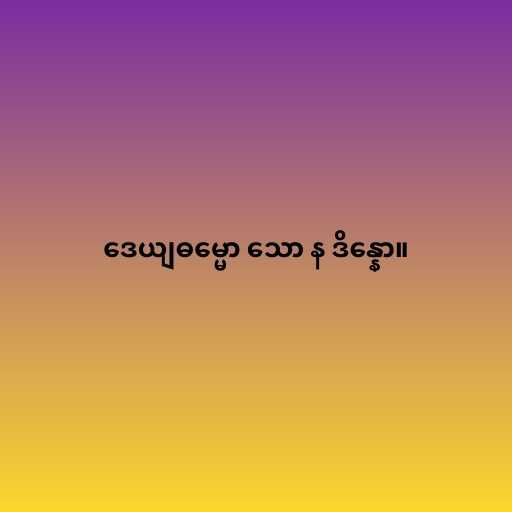
ဒေယျဓမ္မော သော န ဒိန္နော။